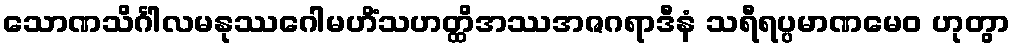
သောဏသိင်္ဂါလမနုဿဂေါမဟိံသဟတ္ထိအဿအဇဂရာဒီနံ သရီရပ္ပမာဏမေဝ ဟုတွာ